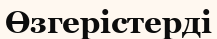
Өзгерістерді